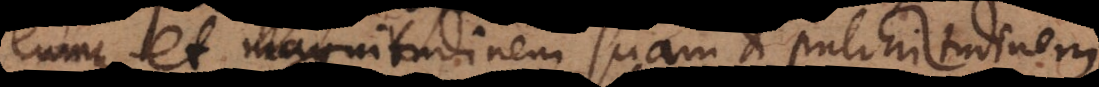
eumque et magnitudinem suam et pulchritudinem